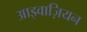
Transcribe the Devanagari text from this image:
आइवाज़ियन